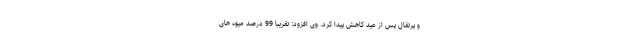
و پرتقال پس از عید کاهش پیدا کرد. وی افزود: تقریبا 99 درصد میوه های